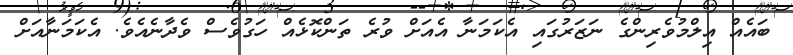
ބައެއް އިލްމުވެރިންގެ ނަޒަރުގައި އެކަމަނާ އެއަށް ވުރެ ތަންކޮޅެއް ހަގުވެސް ވެދާނެއެވެ. އެކަމަނާއަށް